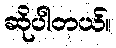
ဆိုပါတယ်။